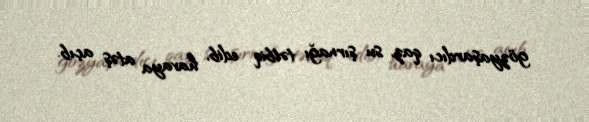
gözyaşardıcı qaz, su şırnağı tətbiq edib, havaya atəş açıb.